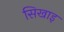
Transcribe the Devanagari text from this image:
सिखाइ